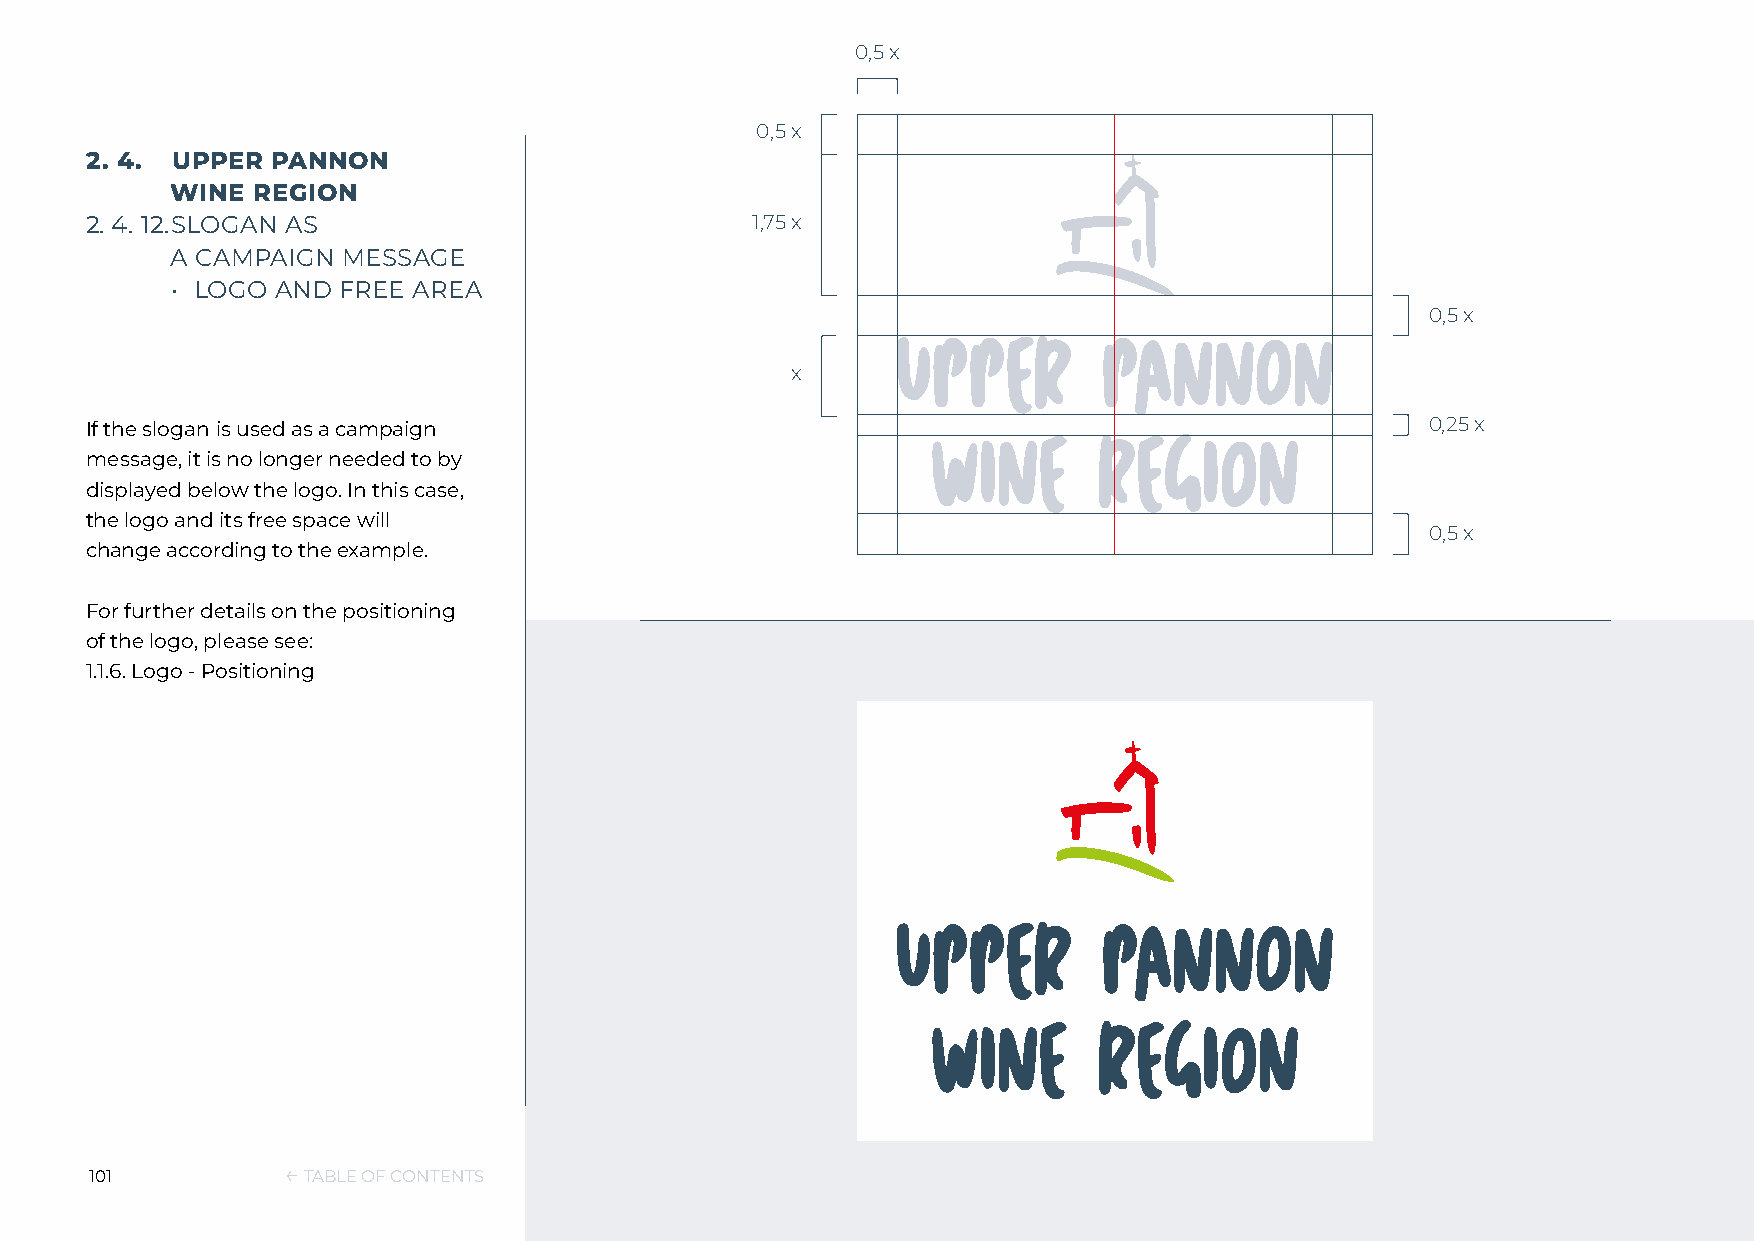
0,5 x
 0,5 x
 2. 4. UPPER PANNON
 WINE  REGION
 2. 4. 12. SLOGAN AS                         1,75 x
 A CAMPAIGN  MESSAGE
 • LOGO AND  FREE AREA
 0,5 x
 x
 If the slogan is used as a campaign                                                      0,25 x
 message, it is no longer needed to by
 displayed below the logo. In this case,
 the logo and its free space will
 0,5 x
 change according to the example.
 For further details on the positioning
 of the logo, please see:
 1.1.6. Logo - Positioning
 101          ← TABLE OF CONTENTS